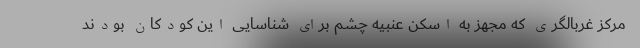
مرکز غربالگری که مجهز به اسکن عنبیه چشم برای شناسایی این کودکان بودند